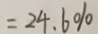
= 2 4 . 6 \%